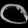
Digit: ၀